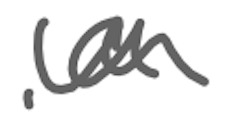
Text: a
Cross-out: wave
Writing tool: digital_gray